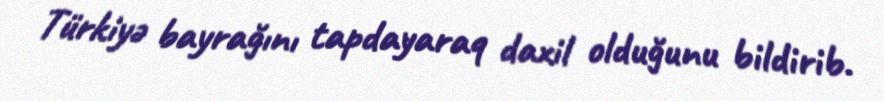
Türkiyə bayrağını tapdayaraq daxil olduğunu bildirib.